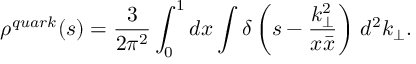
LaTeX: \rho ^ { q u a r k } ( s ) = \frac { 3 } { 2 \pi ^ { 2 } } \int _ { 0 } ^ { 1 } d x \int \delta \left( s - \frac { k _ { \perp } ^ { 2 } } { x \bar { x } } \right) \, d ^ { 2 } k _ { \perp } .